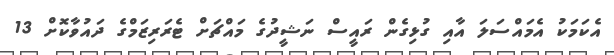
އެކަމަކު އެމައްސަލަ އާއި ގުޅިގެން ރައީސް ނަޝީދުގެ މައްޗަށް ޓެރަރިޒަމްގެ ދައުވާކޮށް 13